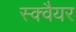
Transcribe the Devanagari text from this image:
स्‍क्‍वैयर